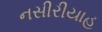
નસીરીયાહ